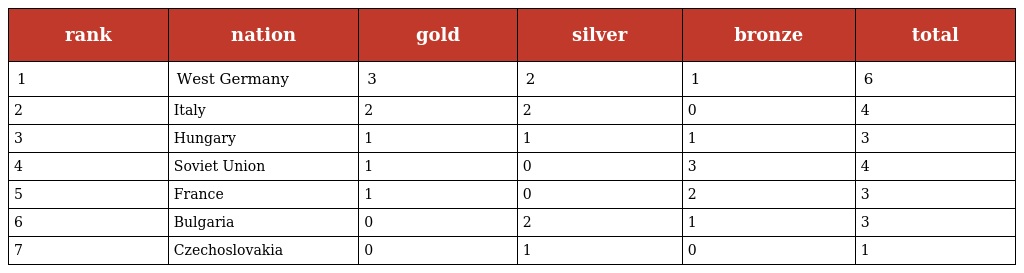
| rank | nation | gold | silver | bronze | total |
 | --- | --- | --- | --- | --- | --- |
 | 1 | West Germany | 3 | 2 | 1 | 6 |
 | 2 | Italy | 2 | 2 | 0 | 4 |
 | 3 | Hungary | 1 | 1 | 1 | 3 |
 | 4 | Soviet Union | 1 | 0 | 3 | 4 |
 | 5 | France | 1 | 0 | 2 | 3 |
 | 6 | Bulgaria | 0 | 2 | 1 | 3 |
 | 7 | Czechoslovakia | 0 | 1 | 0 | 1 |